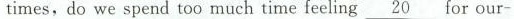
times, do we spend too much time feeling \underline{20} for our